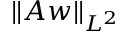
\| A w \| _ { L ^ { 2 } }